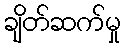
ချိတ်ဆက်မှု